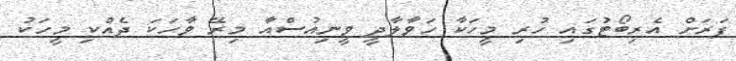
ފަރަށް އެރިބޯޓުގައި ހުރި މީހަކާ ހަވާލާދީ ވީނިއުސްއާ މިރޭ ވާހަކަ ދެއްކި މީހަކު